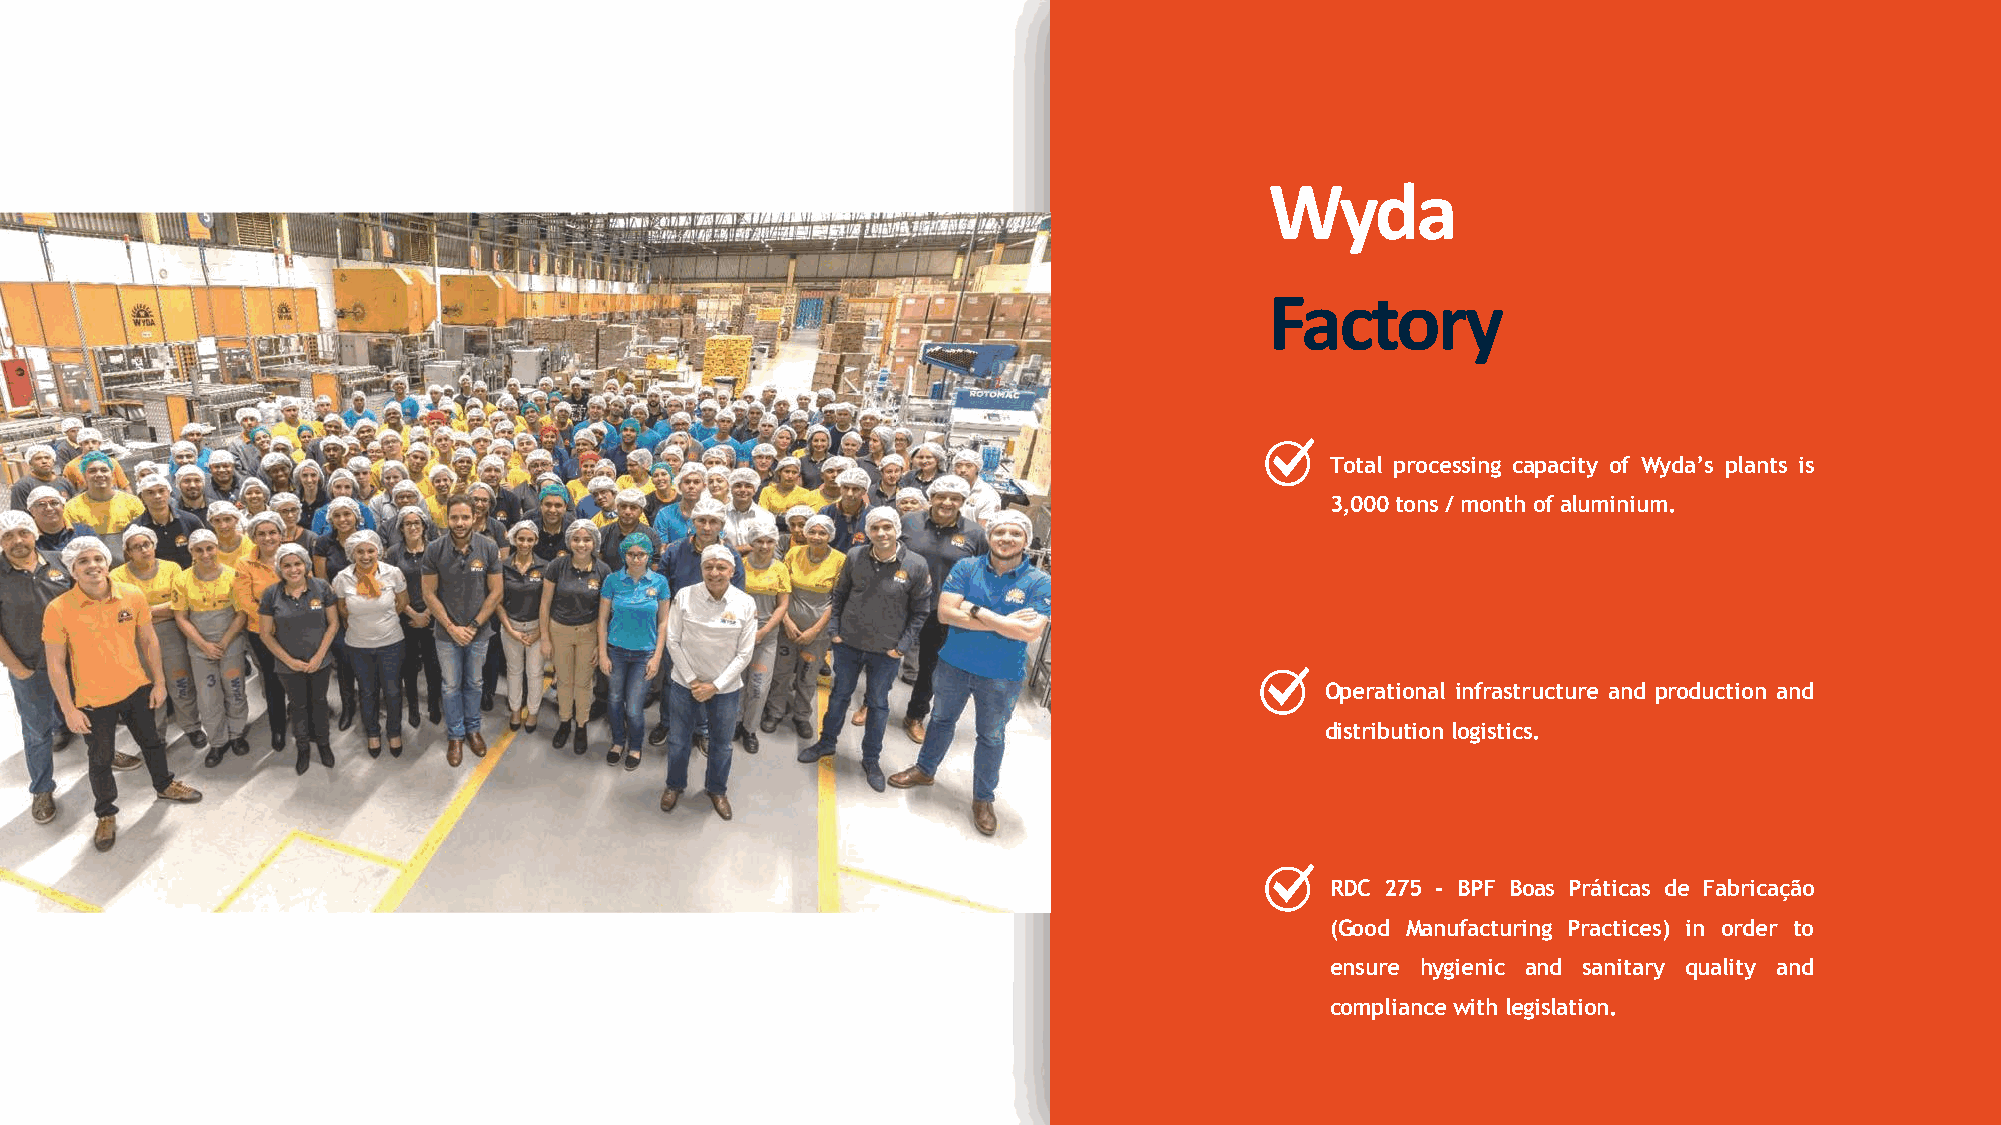
!"#$
 %$&'()"
 Total processing capacity of Wyda’s plants is
 3,000tons/monthofaluminium.
 Operational infrastructure and production and
 distributionlogistics.
 RDC 275 - BPF Boas Práticas de Fabricação
 (Good Manufacturing Practices) in order to
 ensure hygienic and sanitary quality and
 compliancewithlegislation.